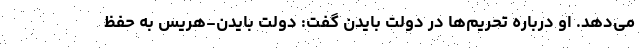
می‌دهد. او درباره تحریم‌ها در دولت بایدن گفت: دولت بایدن-هریس به حفظ